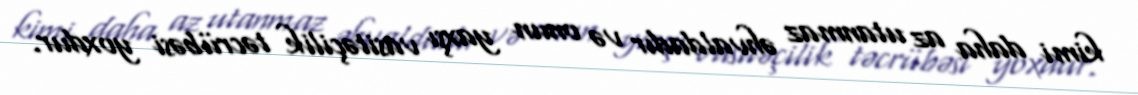
kimi daha az utanmaz əhvaldadır və onun yaxşı vasitəçilik təcrübəsi yoxdur.